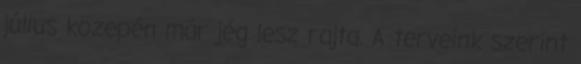
július közepén már jég lesz rajta. A terveink szerint